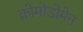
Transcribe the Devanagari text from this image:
क्रोमोडोमेन